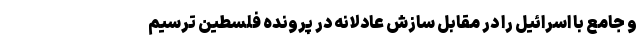
و جامع با اسرائیل را در مقابل سازش عادلانه در پرونده فلسطین ترسیم